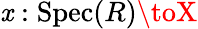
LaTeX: \mathit{x}:{\mathrm{{Spec}}}(R)\toX